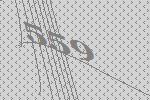
559